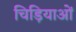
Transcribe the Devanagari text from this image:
चिड़ियाओं